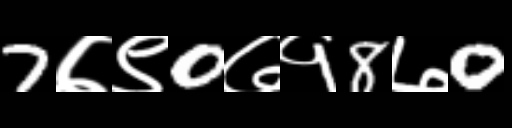
Text: 7७९0७१8७0